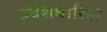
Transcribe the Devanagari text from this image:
प्रवेशधारियों